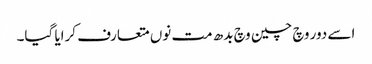
اسے دور وچ چین وچ بدھ مت نوں متعارف کرایا گیا۔